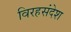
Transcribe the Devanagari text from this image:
विरहसंदेश